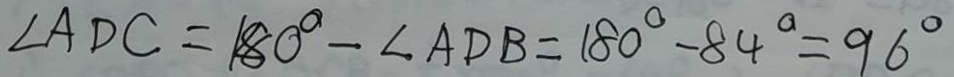
\angle A D C = 1 8 0 ^ { \circ } - \angle A D B = 1 8 0 ^ { \circ } - 8 4 ^ { \circ } = 9 6 ^ { \circ }